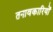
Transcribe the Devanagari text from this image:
तनावकारियों